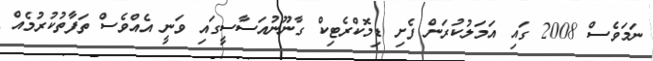
ނަމަވެސް 2008 ގައި އަމަލުކުރަން ފެށި ޑިމޮކްރެޓިކް ގާނޫނުއަސާސީގައި ވަނީ އެއްވެސް ތަފާތުކުރުމެއް